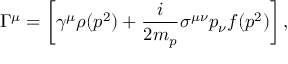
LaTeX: \Gamma ^ { \mu } = \left[ \gamma ^ { \mu } \rho ( p ^ { 2 } ) + \frac { i } { 2 m _ { p } } \sigma ^ { \mu \nu } p _ { \nu } f ( p ^ { 2 } ) \right] ,